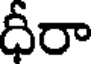
ధీరా